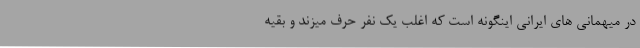
در میهمانی های ایرانی اینگونه است که اغلب یک نفر حرف میزند و بقیه